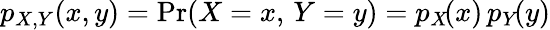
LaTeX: p_{X,Y}\! \left(x,y\right)=\operatorname*{Pr}(X=x,\, Y=y)=p_{X}\! (x)\, p_{Y}\! (y)